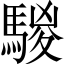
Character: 騣